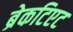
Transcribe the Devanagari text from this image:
ब्रेकटिएट